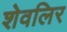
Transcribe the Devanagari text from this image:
शेवलिर